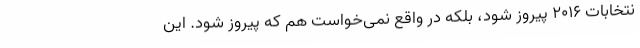
نتخابات 2016 پیروز شود، بلکه در واقع نمی‌خواست هم که پیروز شود. این